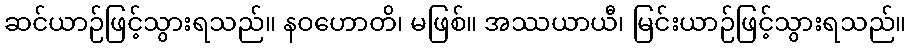
ဆင်ယာဉ်ဖြင့်သွားရသည်။ နဝဟောတိ၊ မဖြစ်။ အဿယာယီ၊ မြင်းယာဉ်ဖြင့်သွားရသည်။